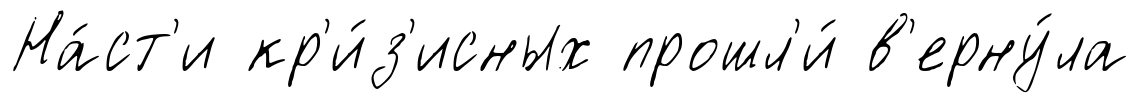
На́ст'и кр'и́з'исных прошл'и́ в'ерну́ла